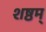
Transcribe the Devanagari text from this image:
शष्ठम्